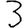
Digit: 3